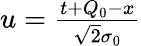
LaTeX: \begin{array}{r}{u=\frac{t+Q_{0}-x}{\sqrt{2}\sigma_{0}}}\end{array}